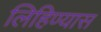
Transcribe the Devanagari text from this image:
लिहिण्‍यास